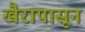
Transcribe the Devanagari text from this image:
खैरापासून